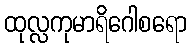
ထုလ္လကုမာရိဂေါစရော